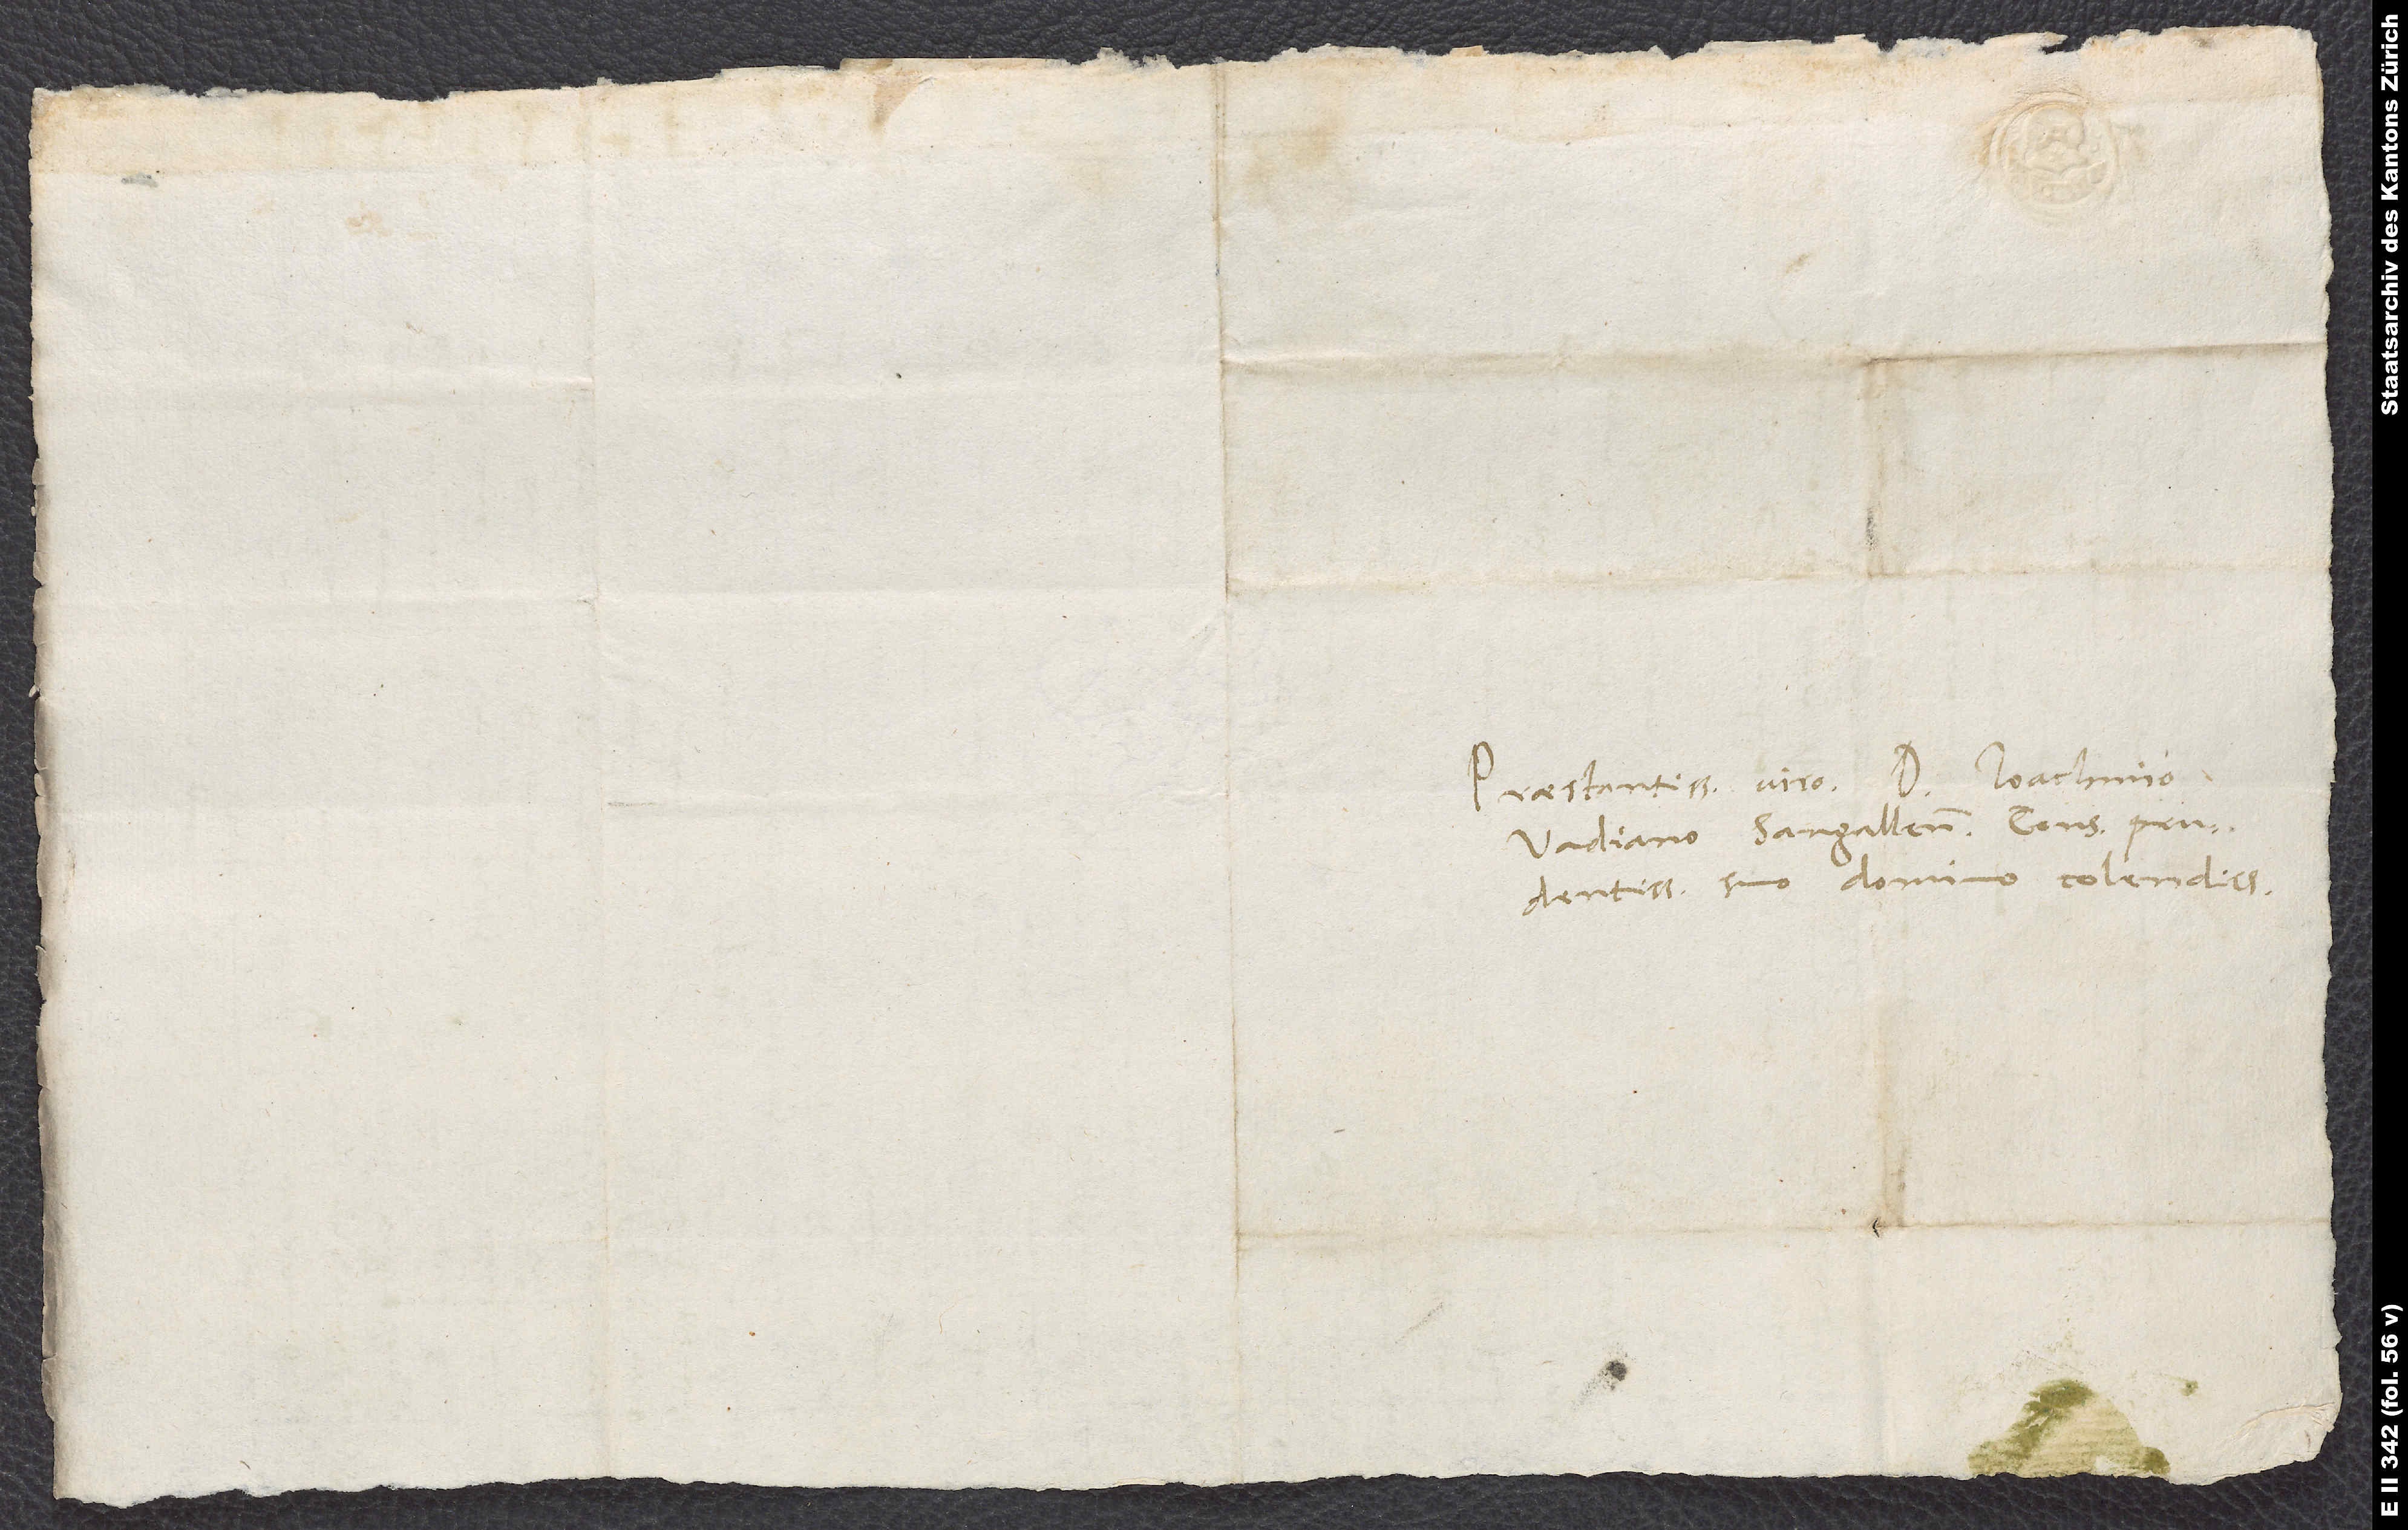
Praestantissimo viro doctori Ioachimo
Vadiano, Sangallensi consuli
prudentissimo, suo domino colendissimo.